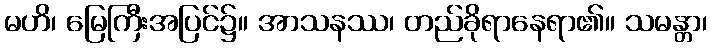
မဟိ၊ မြေကြီးအပြင်၌။ အာသနဿ၊ တည်ခိုရာနေရာ၏။ သမန္တာ၊